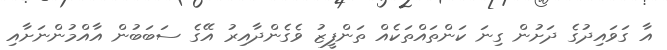
އާ ގަވައިދުގެ ދަށުން ގިނަ ކަންތައްތަކެއް ތަންފީޒު ވެގެންދާއިރު އޭގެ ސަބަބުން އާއްމުންނަށާއި